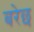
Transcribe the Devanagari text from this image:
बरेछ